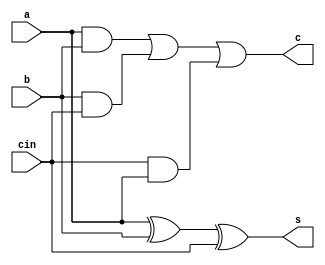
`timescale 1ns / 1ps
//////////////////////////////////////////////////////////////////////////////////
// Company: 
// Engineer: 
// 
// Design Name: 
// Module Name: fulladder
// Project Name: 
// Target Devices: 
// Tool Versions: 
// Description: 
// 
// Dependencies: 
// 
// Revision:
// Revision 0.01 - File Created
// Additional Comments:
// 
//////////////////////////////////////////////////////////////////////////////////


module fulladder(output reg s,c,input a,b,cin);
always @ * //declaration in behavioral model
begin
s=a^b^cin;//xor operation//sum
c=a&b|b&cin|cin&a;//carry 
end
endmodule